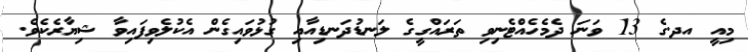
މިއީ އދ.ގެ 13 ވަނަ ދެމެހެއްޓެނިވި ތަރައްގީގެ ލަނޑުދަނޑިއާއި ގުޅުވައިގެން އެކުލެވިފައިވާ ޝިޔާރެކެވެ.